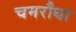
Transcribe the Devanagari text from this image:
चमरौधा